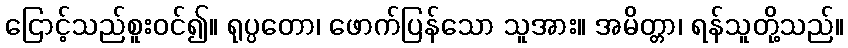
ငြောင့်သည်စူးဝင်၍။ ရုပ္ပတော၊ ဖောက်ပြန်သော သူအား။ အမိတ္တာ၊ ရန်သူတို့သည်။